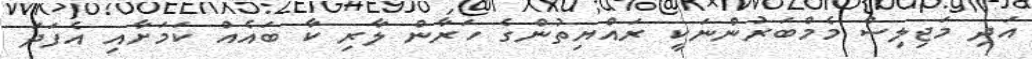
އަދި މަޖިލިސް މެމްބަރުންނަކީ ރައްޔިތުންގެ ހަރާން ލާރި ކާ ބައެއް ކަމަށާއި އެފަދަ